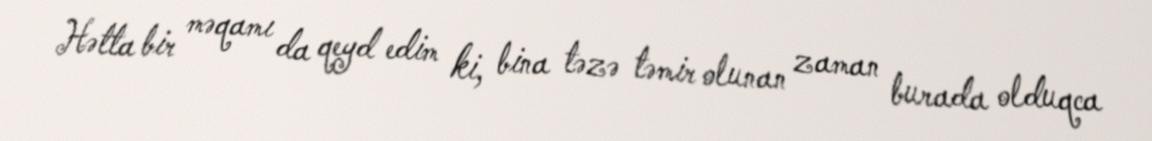
Hətta bir məqamı da qeyd edim ki, bina təzə təmir olunan zaman burada olduqca